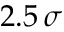
2 . 5 \, \sigma